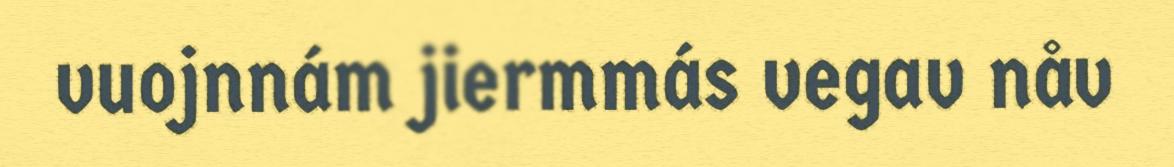
vuojnnám jiermmás vegav nåv